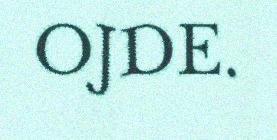
OJDE.